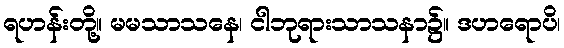
ရဟန်းတို့။ မမသာသနေ၊ ငါဘုရားသာသနာ၌။ ဒဟရောပိ၊